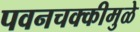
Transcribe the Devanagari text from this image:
पवनचक्कीमुळे